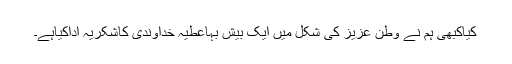
کیاکبھی ہم نے وطن عزیز کی شکل میں ایک بیش بہاعطیہ خداوندی کاشکریہ اداکیاہے۔